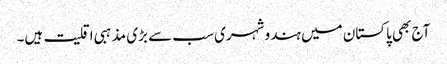
آج بھی پاکستان میں ہندو شہری سب سے بڑی مذہبی اقلیت ہیں۔